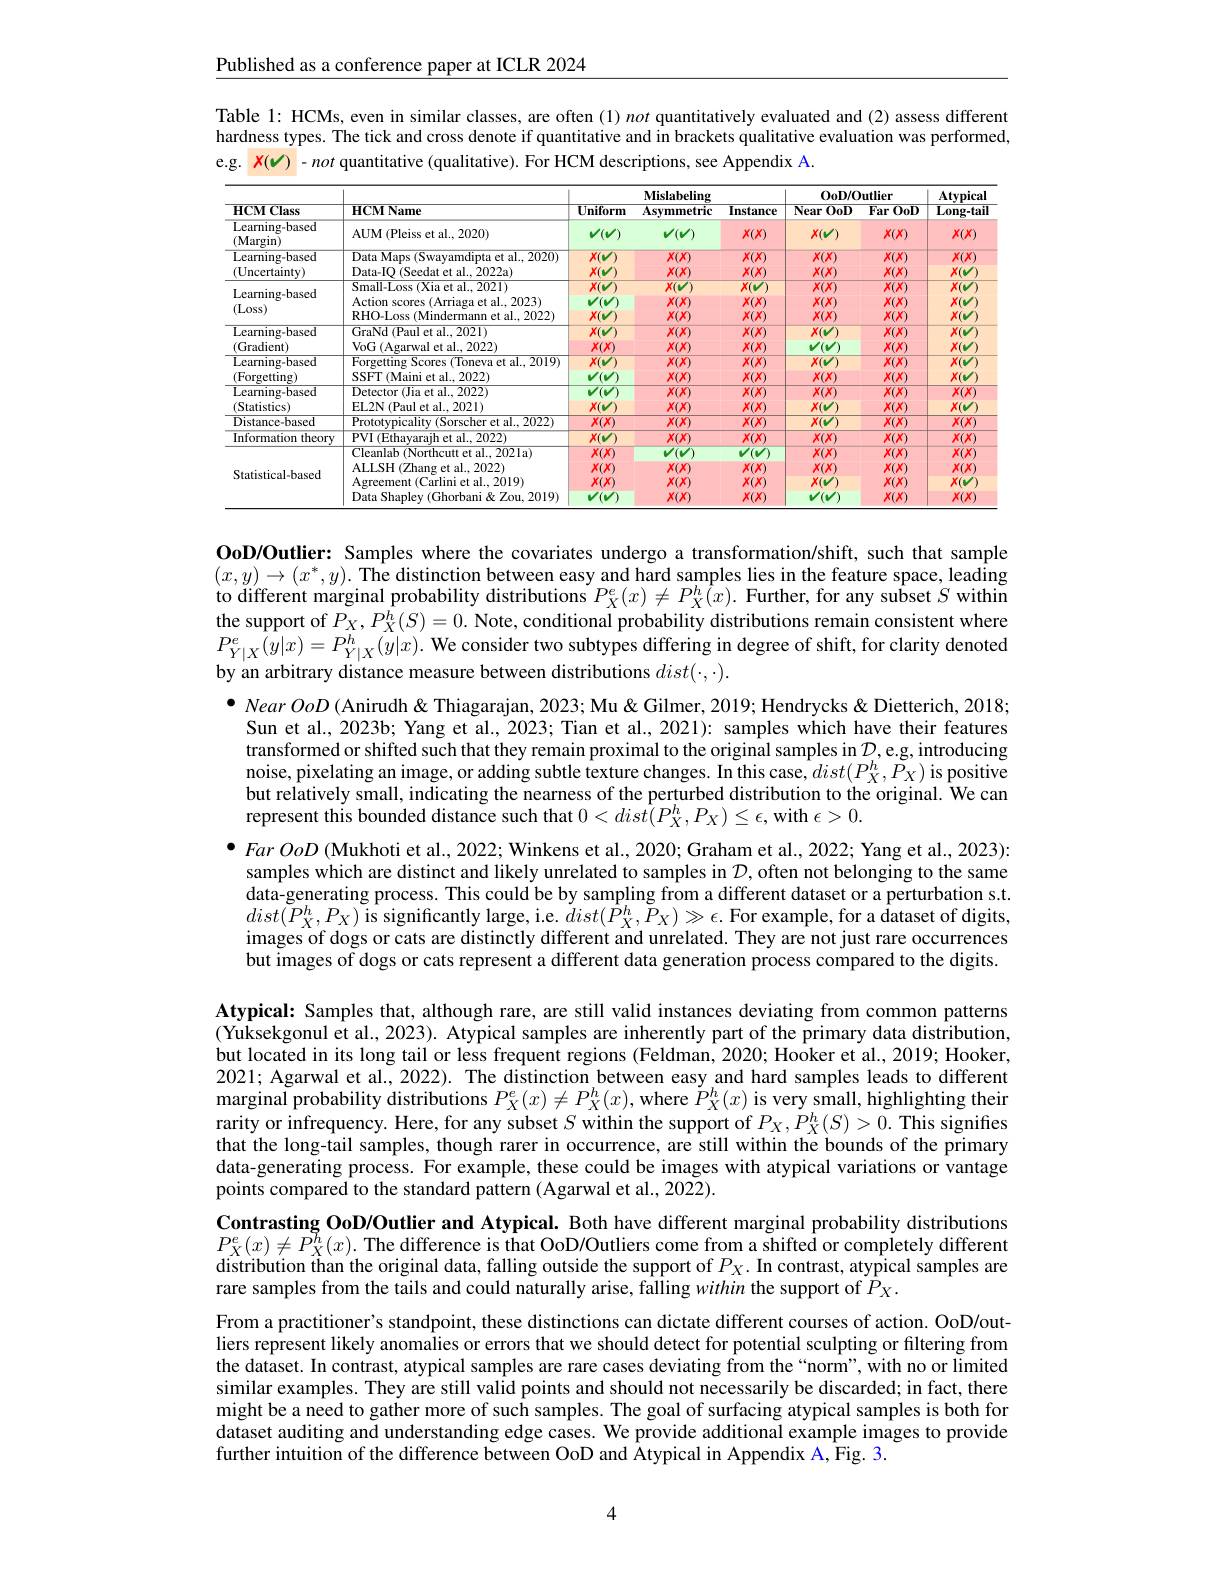
Published as a conference paper at ICLR 2024

Table 1: HCMs, even in similar classes, are often (1) not quantitatively evaluated and (2) assess different hardness types. The tick and cross denote if quantitative and in brackets qualitative evaluation was performed, e.g. $X(v)-not$ quantitative (qualitative). For HCM descriptions, see Appendix A.

<table>
	<tbody>
		<tr>
			<th rowspan="2">${\mathrm{HCM~Class}}$</th>
			<th rowspan="2">HCMName</th>
			<th colspan="3">Mislabeling</th>
			<th colspan="2">$000D/0utlier$</th>
			<th rowspan="2">$\mathbf{Atypical}$ ${\mathbf{L}}$ong-tail</th>
		</tr>
		<tr>
			<th>$\overline{{\mathbf{Uniform}}}$</th>
			<th>Asymmetric</th>
			<th>Instance</th>
			<th>$\overline{\mathbf{Near}}$ $00D$</th>
			<th>Far $00D$</th>
		</tr>
		<tr>
			<td>${\mathrm{Learning-based}}$ $(\mathbf{M}_{\mathrm{argin}})$</td>
			<td>AUM ( Pleiss et al. , 2020) </td>
			<td>$V(V)$</td>
			<td>$V(V)$</td>
			<td>$X(X)$</td>
			<td>$X(V)$</td>
			<td>$X(X)$</td>
			<td>$X(X)$</td>
		</tr>
		<tr>
			<td rowspan="2">151 1 Learning- based (Uncertainty)</td>
			<td>Data Maps (Swayamdipta et al., 2020)</td>
			<td>$X(V)$</td>
			<td>$X(X)$</td>
			<td>$X(X)$</td>
			<td>$X(X)$</td>
			<td>$X(X)$</td>
			<td>$X(X)$</td>
		</tr>
		<tr>
			<td>Data-IO (Seedat et al., 2022a)</td>
			<td>$X(V)$</td>
			<td>$X(X)$</td>
			<td>$X(X)$</td>
			<td>$X(X)$</td>
			<td>$X(X)$</td>
			<td>$X(V)$</td>
		</tr>
		<tr>
			<td rowspan="3">Learning- based (Loss)</td>
			<td>$\operatorname{Small-Loss}\left(\operatorname{Xia~et~al.,~2021}\right)$</td>
			<td>$X(V)$</td>
			<td>$X(V)$</td>
			<td>$X(V)$</td>
			<td>$X(X)$</td>
			<td>$X(X)$</td>
			<td>$X(V)$</td>
		</tr>
		<tr>
			<td>Action scores (Arriaga et al., 2023)</td>
			<td>Y</td>
			<td>$X(X)$</td>
			<td>$X(X)$</td>
			<td>$X(X)$</td>
			<td>$X(X)$</td>
			<td>$X(V)$</td>
		</tr>
		<tr>
			<td>RHO-Loss (Mindermann et al., 2022)</td>
			<td>$X(V)$</td>
			<td>$X(X)$</td>
			<td>$X(X)$</td>
			<td>$X(X)$</td>
			<td>$X(X)$</td>
			<td>$X(V)$</td>
		</tr>
		<tr>
			<td rowspan="2">Learning- based (Gradient)</td>
			<td>${\mathrm{GraNd~(Paul~et~al.,~2021)}}$</td>
			<td>$X(V)$</td>
			<td>$X(X)$</td>
			<td>$X(X)$</td>
			<td>$X(V)$</td>
			<td>$X(X)$</td>
			<td>$X(V)$</td>
		</tr>
		<tr>
			<td>VoG (Agarwal et al., 2022)</td>
			<td>$X(X)$</td>
			<td>$X(X)$</td>
			<td>$X(X)$</td>
			<td>VI $dV$ 1</td>
			<td>$X(X)$</td>
			<td>$X(V)$</td>
		</tr>
		<tr>
			<td>Learning- based</td>
			<td>$\overline{\text{Forgetting Scores (Toneva et al., 2019)}}$</td>
			<td>$X(v$</td>
			<td>$X(X)$</td>
			<td>$X(X)$</td>
			<td>$X(V$</td>
			<td>$X(X)$</td>
			<td>$X(v$</td>
		</tr>
		<tr>
			<td>(Forgetting)</td>
			<td>SSFT (Maini et al..2022)</td>
			<td>V</td>
			<td>$X(X.$</td>
			<td>$X(X)$</td>
			<td>$X(X)$</td>
			<td>$X(X)$</td>
			<td>$X(v$</td>
		</tr>
		<tr>
			<td>Learning- based</td>
			<td>$\overline{\text{Detector (Jia et al., 2022)}}$</td>
			<td> </td>
			<td>$X(X)$</td>
			<td>$X(X)$</td>
			<td>$X(X)$</td>
			<td>$X(X)$</td>
			<td>$X(X)$</td>
		</tr>
		<tr>
			<td>(Statistics)</td>
			<td>EL2N (Paul et al..2021)</td>
			<td>$X(v$</td>
			<td>$X(X)$</td>
			<td>$X(X)$</td>
			<td>$X(V)$</td>
			<td>$X(X)$</td>
			<td>$X(v$</td>
		</tr>
		<tr>
			<td>Distance-based</td>
			<td>Prototypicality (Sorscher et al., 2022)</td>
			<td>$X(X)$</td>
			<td>$X(X)$</td>
			<td>$X(X)$</td>
			<td>$X(V)$</td>
			<td>$X(X)$</td>
			<td>$X(X)$</td>
		</tr>
		<tr>
			<td>Information theory</td>
			<td>PVI (Ethayarajh et al., 2022)</td>
			<td>$X(v$</td>
			<td>$X(X)$</td>
			<td>$X(X)$</td>
			<td>$X(X)$</td>
			<td>$X(X)$</td>
			<td>$X(X)$</td>
		</tr>
		<tr>
			<td rowspan="4">Statistical-based</td>
			<td>Cleanlab ( Northcutt et al. , 202la) </td>
			<td>$X(X)$</td>
			<td>$'(v)$ V</td>
			<td>$V(V$</td>
			<td>$\overline{X(X)}$</td>
			<td>$\overline{X(X)}$</td>
			<td>$X(X)$</td>
		</tr>
		<tr>
			<td>ALLSH ( Zhang et al. , 2022) </td>
			<td>$X(X)$</td>
			<td>$X(X)$</td>
			<td>$X(X)$</td>
			<td>$X(X)$</td>
			<td>$X(X)$</td>
			<td>$X(X)$</td>
		</tr>
		<tr>
			<td>Agreement (Carlini et al., 2019)</td>
			<td>$X(X)$</td>
			<td>$X(X)$</td>
			<td>$X(X)$</td>
			<td>$X(V)$</td>
			<td>$X(X)$</td>
			<td>$X(V)$</td>
		</tr>
		<tr>
			<td>Data Shapley (Ghorbani&Zou, 2019)</td>
			<td>V</td>
			<td>$X(X)$</td>
			<td>$X(X)$</td>
			<td>V TI V 1</td>
			<td>$X(X)$</td>
			<td>$X(X)$</td>
		</tr>
	</tbody>
</table>

OoD/Outlier: Samples where the covariates undergo a transformation/shift, such that sample $(x,y)\to(x^*,y).$ The distinction between easy and hard samples lies in the feature space, leading to different marginal probability distributions $P_X^e(x)\neq P_X^h(x).$ Further, for any subset $S$ within the support of $P_X, P_X^h( S) = 0. \textbf{ Note, conditional probability distributions remain consistent where}$ $P_{Y|X}^{e}(y|x)=P_{Y|X}^{h}(y|x).$ We consider two subtypes differing in degree of shift, for clarity denoted by an arbitrary distance measure between distributions $dist(\cdot,\cdot).$
$\bullet \textit{ Near OoD ( Anirudh ' Mu " Hendrycks " Dietterich, 2018; }$ Sun et al., 2023b; Yang et al., 2023; Tian et al., 2021): samples which have their features transformed or shifted such that they remain proximal to the original samples in $D$,e.g, introducing noise, pixelating an image, or adding subtle texture changes. In this case, $dist(P_X^h,P_X)$ is positive but relatively small, indicating the nearness of the perturbed distribution to the original. We can represent this bounded distance such that $0<dis\hat{t}(P_X^h,P_X)\leq\epsilon$,with $\epsilon>0.$
$\bullet FarOoD$ (Mukhoti et al., 2022; Winkens et al., 2020; Graham et al., 2022; Yang et al., 2023):
samples which are distinct and likely unrelated to samples in $\mathcal{D}$, often not belonging to the same data-generating process. This could be by sampling from a different dataset or a perturbation s.t. $dist(\tilde{P}_X^h,P_X)$ is significantly large, ie. $dist(\hat{P}_X^h,\tilde{P}_X)\gg\epsilon.$ For example, for a dataset of digits, images of dogs or cats are distinctly different and unrelated. They are not just rare occurrences but images of dogs or cats represent a different data generation process compared to the digits.
Atypical: Samples that, although rare, are still valid instances deviating from common patterns (Yuksekgonul et al., 2023). Atypical samples are inherently part of the primary data distribution, but located in its long tail or less frequent regions (Feldman, 2020; Hooker et al., 2019; Hooker, 2021; Agarwal et al., 2022). The distinction between easy and hard samples leads to different marginal probability distributions $P_X^e(x)\neq P_X^h(x)$, where $\tilde{P}_X^h(x)$ is very small, highlighting their rarity or infrequency. Here, for any subset $S$ within the support of $P_X,P_X^h(S)>0.$ This signifies that the long-tail samples, though rarer in occurrence, are still within the bounds of the primary data-generating process. For example, these could be images with atypical variations or vantage points compared to the standard pattern (Agarwal et al., 2022).
Contrasting OoD/Outlier and Atypical. Both have different marginal probability distributions

$P_X^e(x)\neq P_X^h(x).$ The difference is that OoD/Outliers come from a shifted or completely different distribution than the original data, falling outside the support of $P_X.$ In contrast, atypical samples are rare samples from the tails and could naturally arise, falling within the support of $\tilde{P}_X.$

From a practitioner's standpoint, these distinctions can dictate different courses of action. OoD/outliers represent likely anomalies or errors that we should detect for potential sculpting or filtering from the dataset. In contrast, atypical samples are rare cases deviating from the“norm”, with no or limited similar examples. They are still valid points and should not necessarily be discarded; in fact, there might be a need to gather more of such samples. The goal of surfacing atypical samples is both for dataset auditing and understanding edge cases. We provide additional example images to provide further intuition of the difference between OoD and Âtypical in Appendix A, Fig. 3.

4